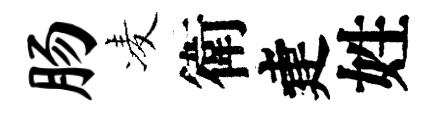
肠凌衛建姓